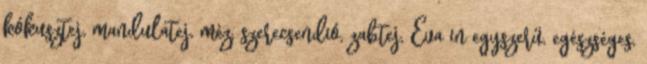
kókusztej, mandulatej, méz, szerecsendió, zabtej, Éva in egyszerű, egészséges,